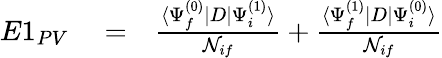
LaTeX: \begin{array}{rlr}{E1_{PV}}&{{}=}&{\frac{\langle\Psi_{f}^{(0)}|D|\Psi_{i}^{(1)}\rangle}{{\cal N}_{if}}+\frac{\langle\Psi_{f}^{(1)}|D|\Psi_{i}^{(0)}\rangle}{{\cal N}_{if}}}\end{array}